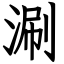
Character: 涮